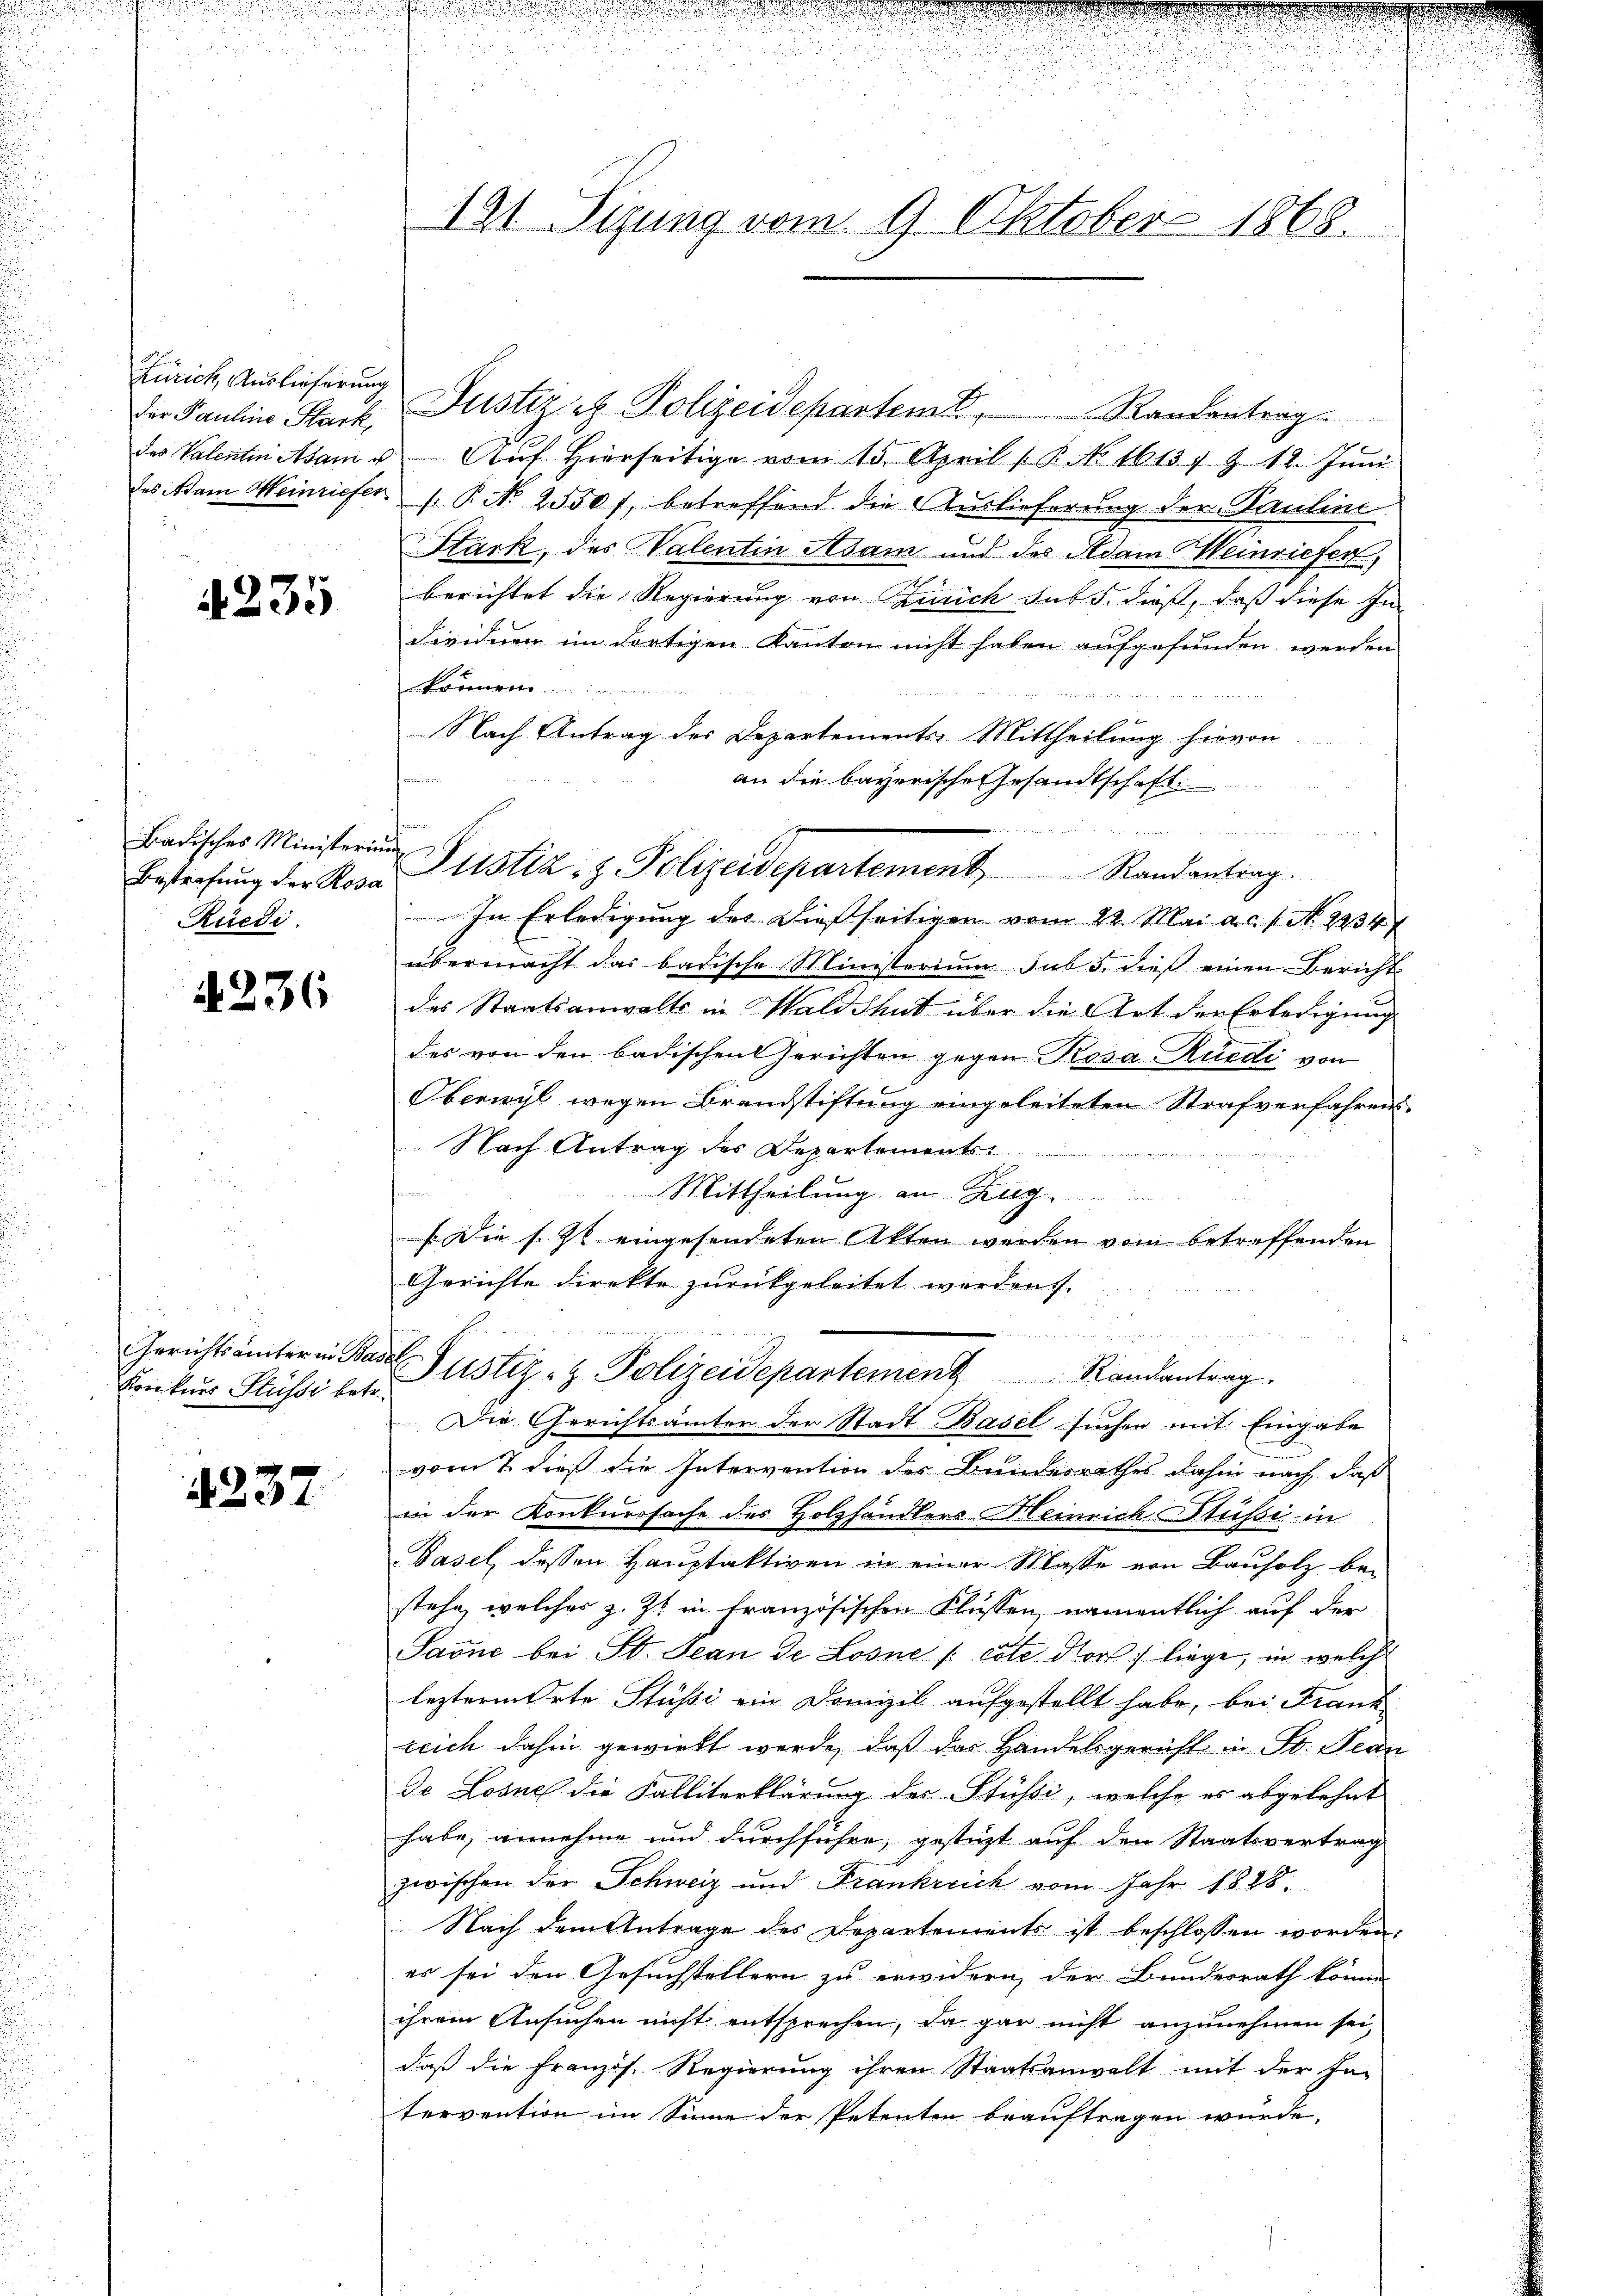
Zürich Auslieferung

4235

Badisches Ministerium
Ruedi

4236

Gerichtsämter in Ba
Konkurs Stüssi betr.

4237

.

191 Sizung vom 9. Oktober 1868.

des Valentiniatsam u Aŭf Hierseitige vom 15. April / B. No. 1613 Z 18. Jŭni
fes Adam Heinriefer /. P. Nr. 2550 f. betreffend die Auslieferung der Pauline
Stark, des Valentin Adam und des Adam einriefer,
e
berichtet die Regierung von Zürich sub 5. dieß, daß diese In-
dividuen im dortigen Kanton nicht haben aufgefunden werden
.
Nach Antrag des Departements-Mittheilung hievon
n
an die bayerische Gesandtschaft
In Erledigung des dießseitigen vom 22. Mai a.c. s. No. 2234
übermacht das badische Ministerium sub 5. dieß einen Bericht
das Staatsanwalts in Waldshut über die Art der Erledigung
des von den badischen Gerichten gegen Rosa Rüedi von
Oberwyl wegen Brandstiftung eingeleiteten Strafverfahrens¬
Nach Antrag des Departements

Mittheilung an Zug
[Die s. Z. eingesendeten Akten werden vom betreffenden
Gerichte direkte zurückgeleitet werden.
p

 Justiz- & Polizeidepartement Randantrag.
Die Gerichtsämter der Stadt Basel suchen mit Eingabe
vom 7. dieß die Intervention des Bundesrathes dahin nach, daß
in der Konkurssache des Holzhändlers Heinrich Stüssi in
Basel, dessen Hauptaktiven in einer Masse von Bauholz be-
stehe, welches z. Zt. in französischen Flüssen, namentlich auf der
Saone bei St. Jean de Losne [cote Hors liege, in welche
lezterm Orte Stüssi ein Domizil aufgestellt habe, bei Frank
zeich dahin gewirkt werde, daß das Handelsgericht in St. Jean
de Losnel die Falliterklärung des Stüßi, welche es abgelehnt
habe, annehme und durchführe, gestüzt auf den Staatsvertrag
zwischen der Schweiz und Frankreich vom Jahr 1828.
Nach dem Antrage des Departements ist beschlossen worden:
es sei den Gesuchstellern zu erwidern, der Bundesrath könne.
ihrem Ansuchen nicht entsprechen, da gar nicht anzunehmen sei,
daß die französ. Regierung ihren Staatsanwalt mit der In-
tervention im Sinne der Petenten beauftragen würde.

Der Pauline Stack, Justiz u. Polizeidepartemt, Randentrag

Bestrafŭng der Rosa Zustiz- & Polizeidepartement Randantrag.